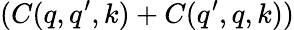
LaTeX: (C(q,q^{\prime},k)+C(q^{\prime},q,k))